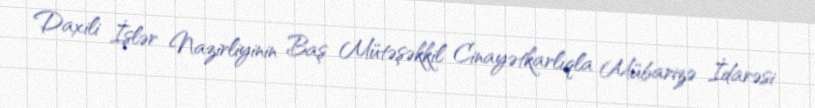
Daxili İşlər Nazirliyinin Baş Mütəşəkkil Cinayətkarlıqla Mübarizə İdarəsi